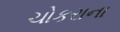
ચોકરાના